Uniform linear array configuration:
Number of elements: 64
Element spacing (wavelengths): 0.25
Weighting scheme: uniform
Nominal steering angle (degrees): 0
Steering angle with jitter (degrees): -1.999
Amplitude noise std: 0.05
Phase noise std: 0.05

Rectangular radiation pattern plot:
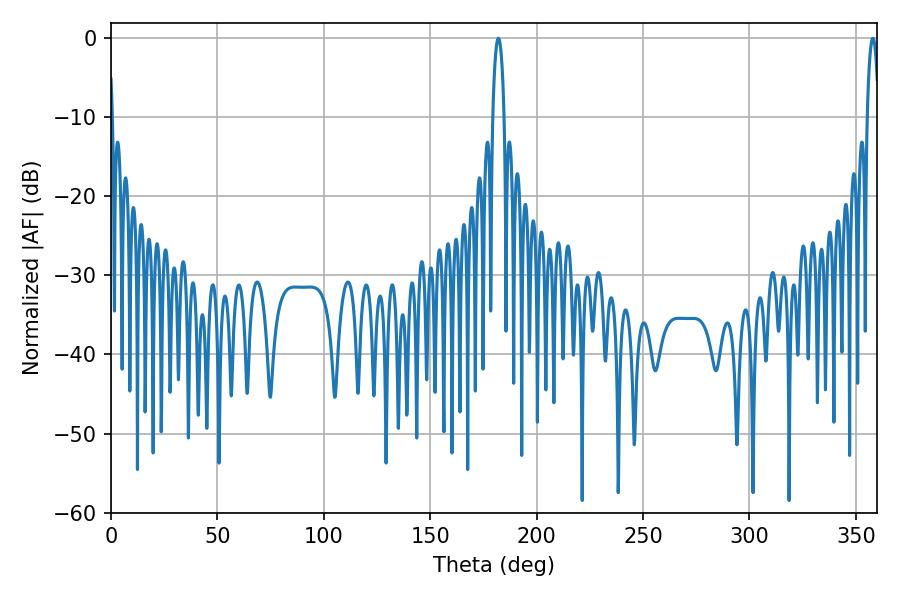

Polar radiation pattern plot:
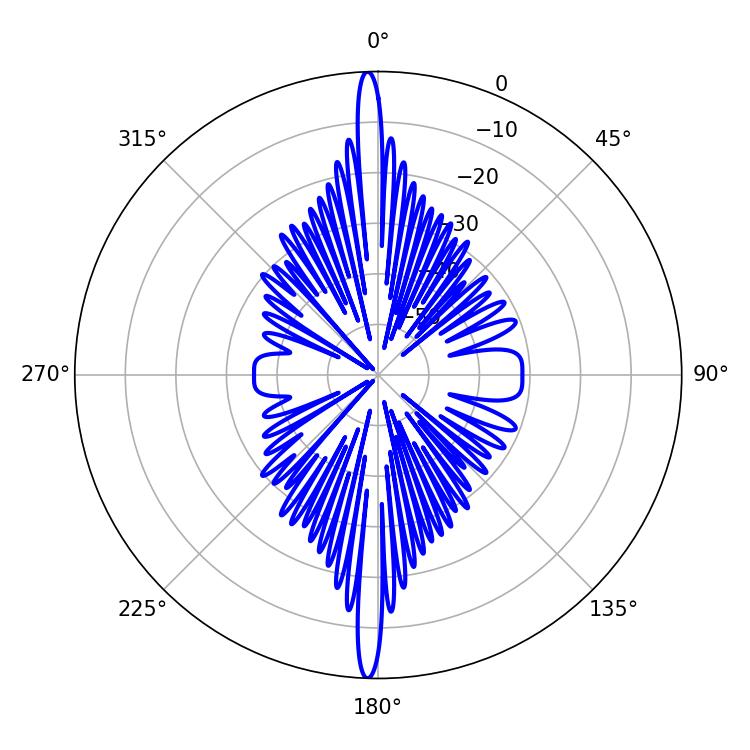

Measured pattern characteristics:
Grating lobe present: FALSE
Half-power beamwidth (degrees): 3.06
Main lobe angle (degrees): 181.98